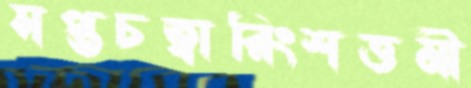
সপ্তচত্বারিংশত্তমী